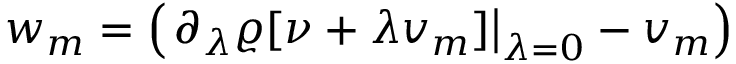
w _ { m } = \left( \left. \partial _ { \lambda } \varrho [ \nu + \lambda v _ { m } ] \right\vert _ { \lambda = 0 } - v _ { m } \right)